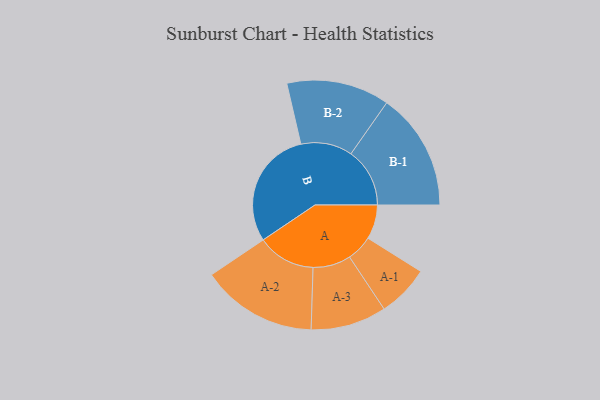
{"axis": {"x": "Segment", "y": "Value"}, "legend": ["", "A", "B"], "data": [{"x": "A", "y": 136, "type": ""}, {"x": "B", "y": 470, "type": ""}, {"x": "A-1", "y": 103, "type": "A"}, {"x": "A-2", "y": 230, "type": "A"}, {"x": "A-3", "y": 150, "type": "A"}, {"x": "B-1", "y": 233, "type": "B"}, {"x": "B-2", "y": 204, "type": "B"}]}